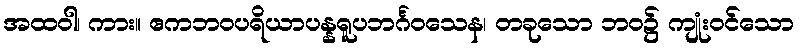
အထဝါ၊ ကား။ ဧကဘဝပရိယာပန္နရူပဘင်္ဂဝသေန၊ တခုသော ဘဝ၌ ကျုံးဝင်သော